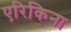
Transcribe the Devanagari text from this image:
एरिकिना